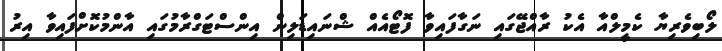
ލޯބިވެރިޔާ ކެމީލްއާ އެކު ރާއްޖޭގައި ނަގާފައިވާ ފޮޓޯއެއް ޝްނައިޑަލިން އިންސްޓަގްރާމުގައި އާންމުކޮށްފައިވާ އިރު